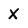
Character: X